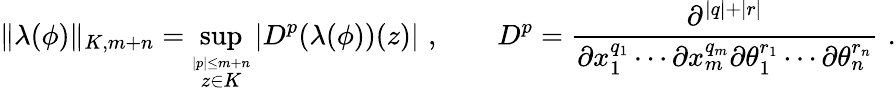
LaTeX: \| \lambda(\phi)\| _{K,m+n}=\operatorname*{sup}_{\stackrel{|p|\leq m+n}{z\in K}}|D^{p}(\lambda(\phi))(z)|\, \, ,\qquad D^{p}=\frac{\partial^{|q|+|r|}}{\partial x_{1}^{q_{1}}\cdots\partial x_{m}^{q_{m}}\partial\theta_{1}^{r_{1}}\cdots\partial\theta_{n}^{r_{n}}}\, \, .